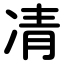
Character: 凊